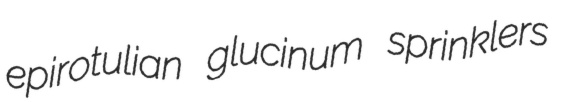
epirotulian glucinum sprinklers